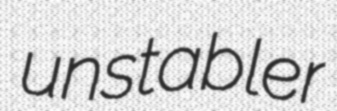
unstabler